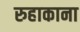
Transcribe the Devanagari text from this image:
रुहाकाना